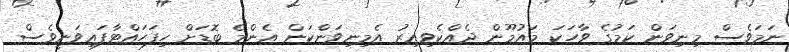
ނަމަވެސް މިނިވަން ކަމުގެ ވާހަކަ މައުމޫން ދެއްކެވިއިރު އެމިނިވަންކަން އެންމެ ބޮޑަށް ހިފަހައްޓާފައިވަނީވެސް